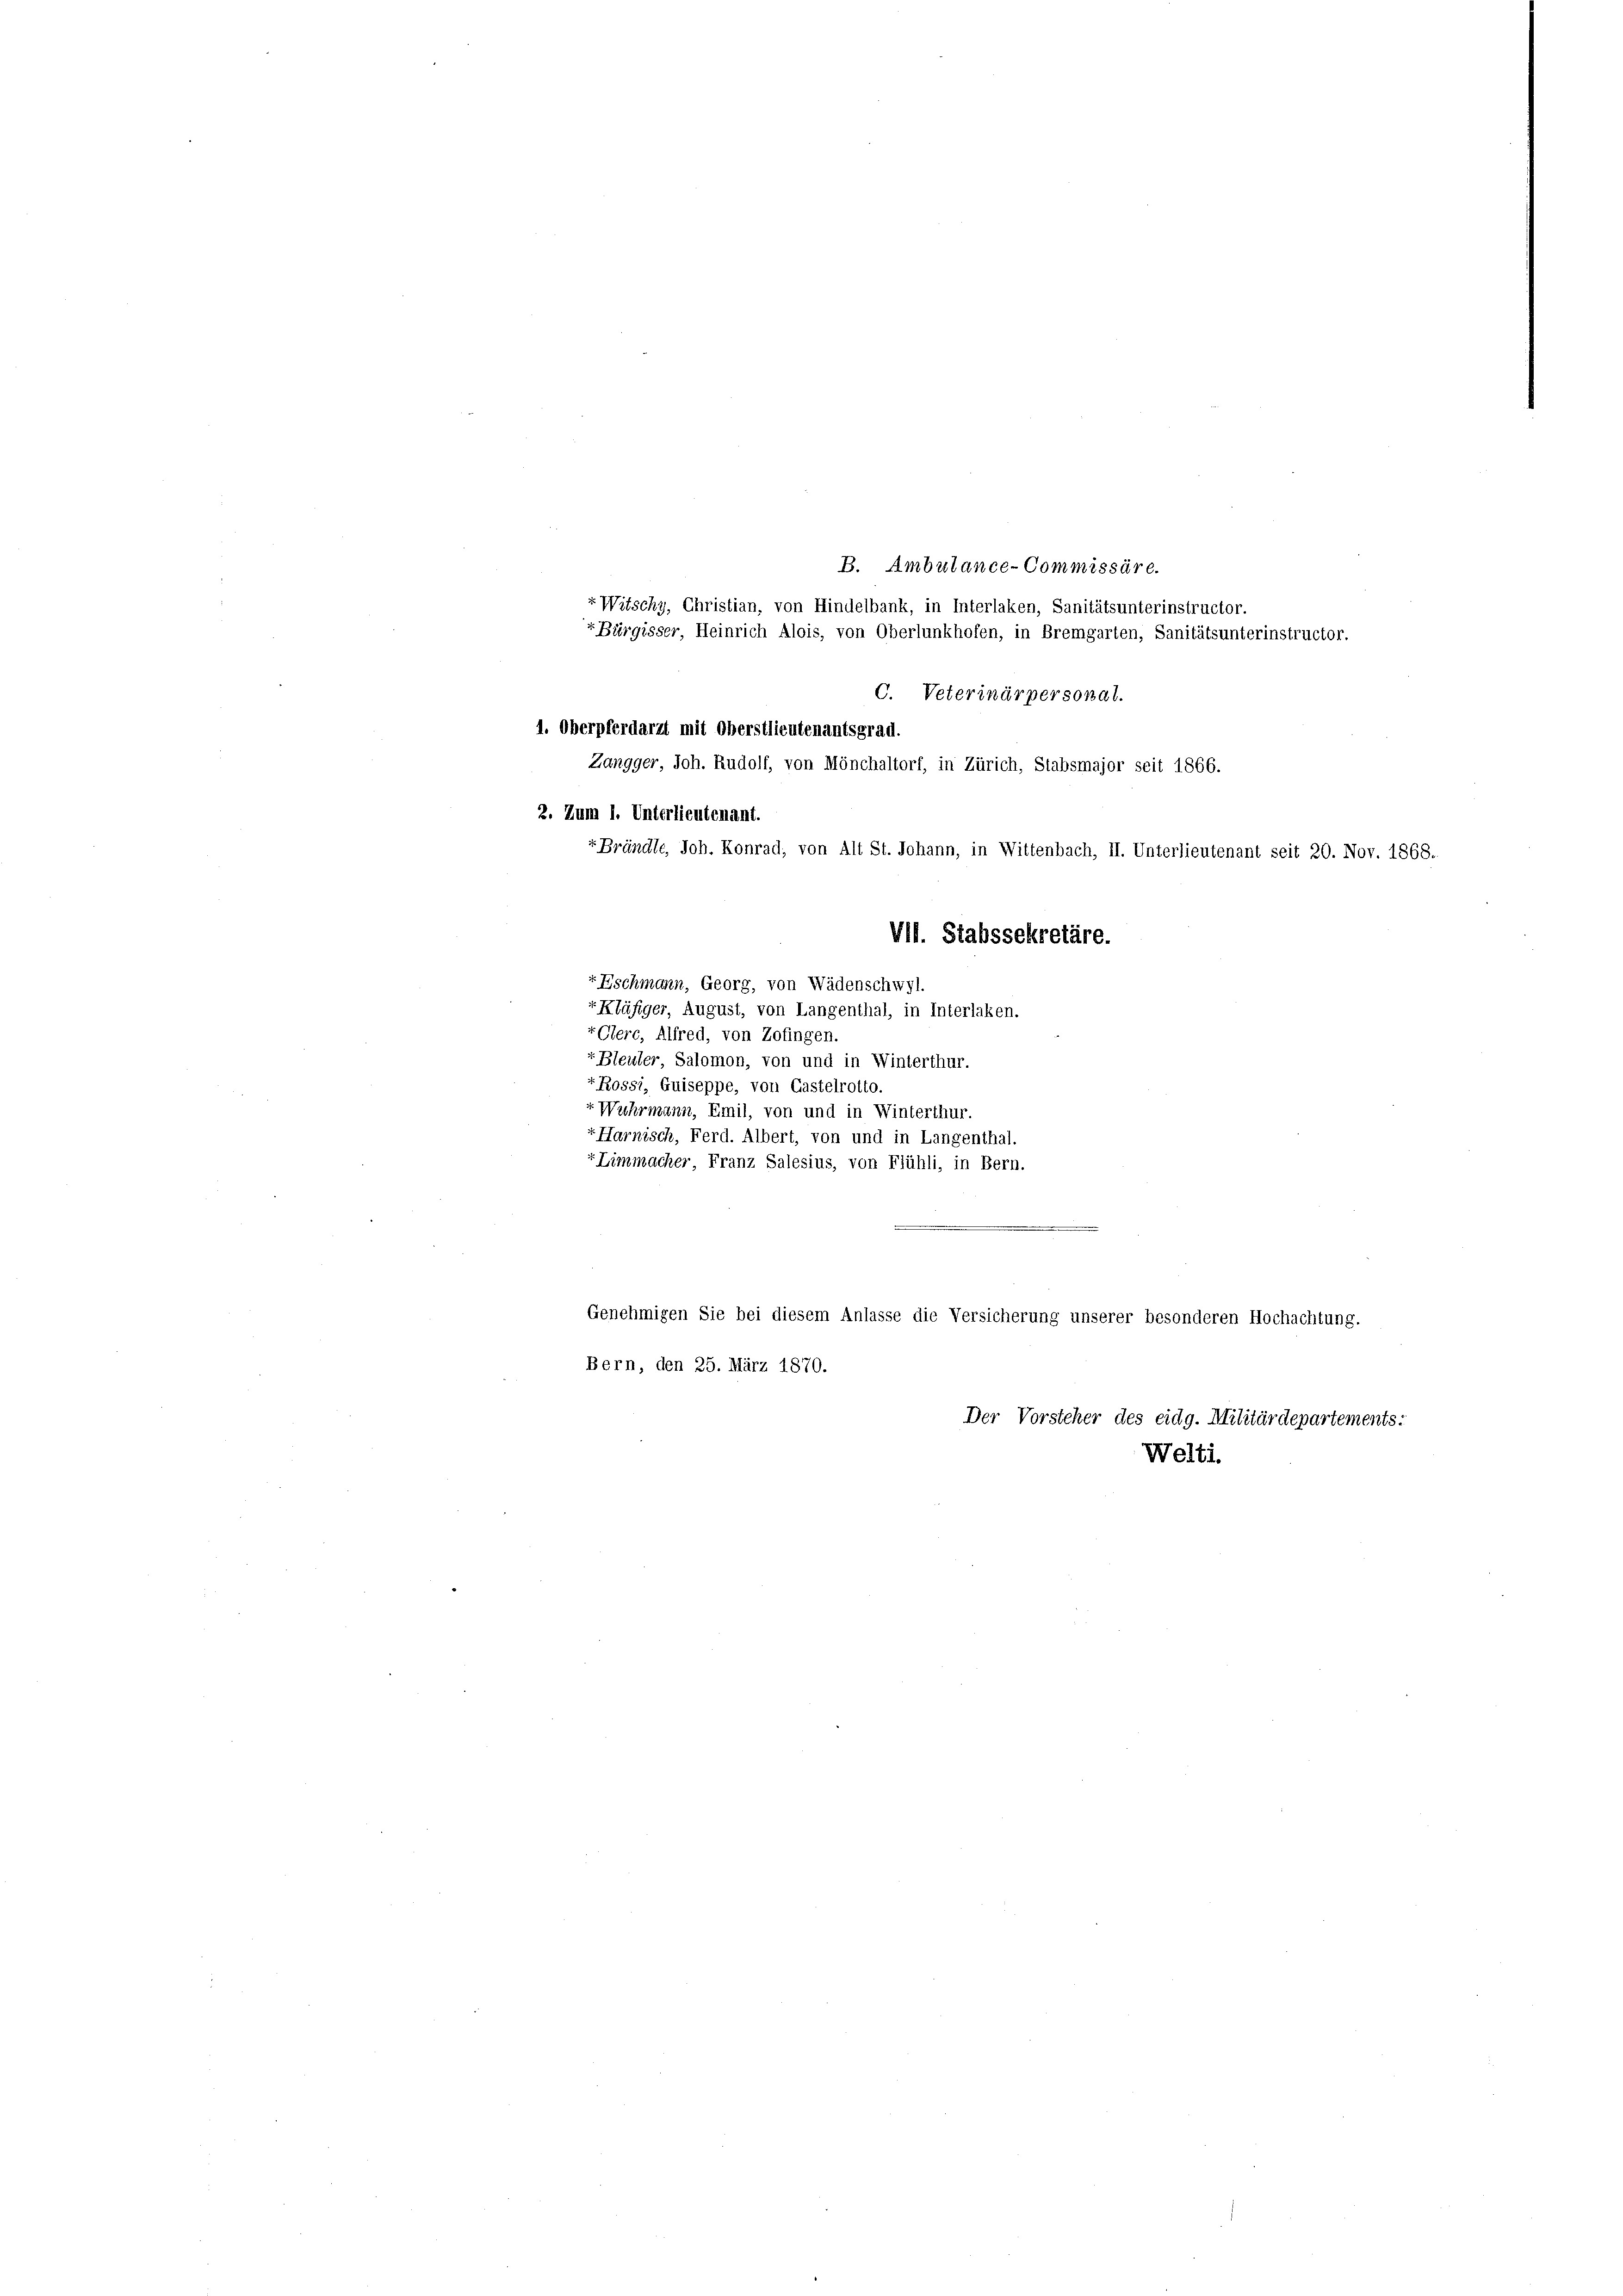
1. Oberpferdarzt mit Oberstlieutenantsgrad.
Zangger, Joh. Rudolf, von Mönchaltorf, in Zürich, Stabsmajor seit 1866.
2. Zum 1. Unterlieutenant.
rEschmann, Georg, von Wädenschwyl.

B. Ambulance-Commissäre.
r Witschy, Christian, von Hindelbank, in Interlaken, Sanitätsunterinstructor.
Bürgisser, Heinrich Alois, von Oberlunkhofen, in Bremgarten, Sanitätsunterinstructor.
C. Veterinärpersonal.
r Brändle, Joh. Konrad, von Alt St. Johann, in Wittenbach, II. Unterlieutenant seit 20. Nov. 1868.
VII. Stabssekretäre.
r Kläfiger, August, von Langenthal, in Interlaken.
“Cerc, Alfred, von Zofingen.
r Bleuler, Salomon, von und in Winterthur.
t Rossi, Guiseppe, von Gastelrotto.
+ Wuhrmann, Emil, von und in Winterthur.
Harnisch, Ferd. Albert, von und in Langenthal.
« Limmacher, Franz Salesius, von Flühli, in Bu.n.
er
Genehmigen Sie bei diesem Anlasse die Versicherung unserer besonderen Hochachtung.
Bern, den 25. März 1870.
Der Vorsteher des eidg. Militärdepartements:
Welti.